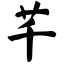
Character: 芊